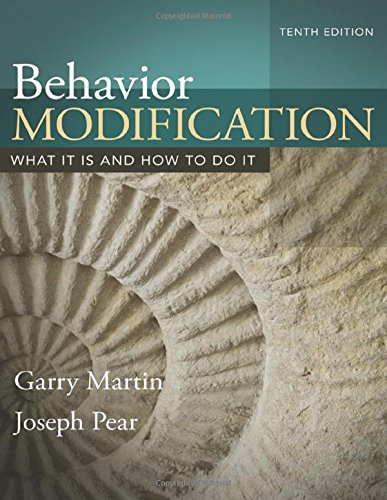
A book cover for Behavior Modification: What It Is and How To Do It, Tenth Edition; Garry Martin; Medical Books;